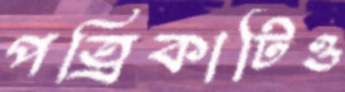
পত্রিকাটিও